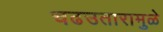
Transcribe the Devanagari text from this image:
चढउतारामुळे